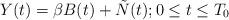
LaTeX: \begin{align*} Y(t)=\beta B(t)+\tilde{N}(t); 0 \leq t \leq T_0 \end{align*}